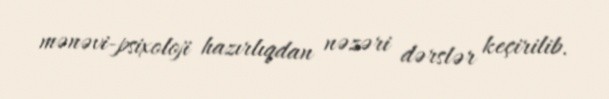
mənəvi-psixoloji hazırlıqdan nəzəri dərslər keçirilib.